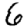
Digit: 6